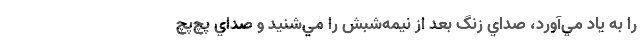
را به ياد مي‌آورد، صداي زنگ بعد از نيمه‌شبش را مي‌شنيد و صداي پچ‌پچ